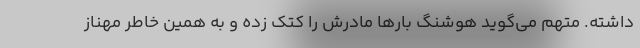
داشته. متهم می‌گوید هوشنگ بار‌ها مادرش را کتک زده و به همین خاطر مهناز